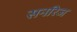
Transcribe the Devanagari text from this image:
सनरिज